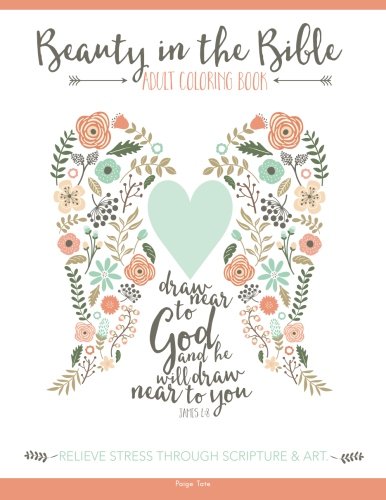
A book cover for Beauty in the Bible: Adult Coloring Book; Paige Tate; Humor & Entertainment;